Annual report on the mental hospital in the Central Provinces and Berar (Nagpur) - 1927-1951
Year: 1927
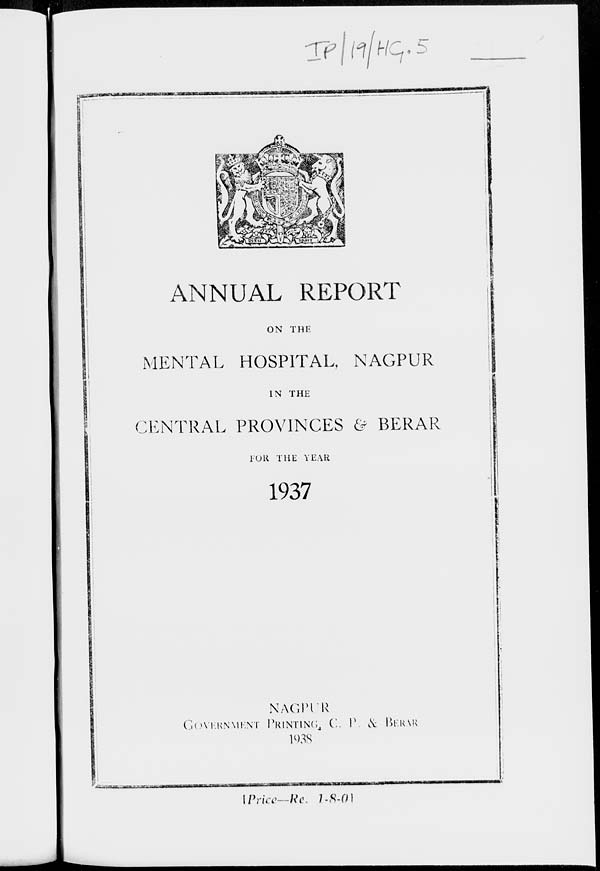
ANNUAL REPORT
ON THE
MENTAL HOSPITAL, NAGPUR
IN THE
CENTRAL PROVINCES & BERAR
FOR THE YEAR
1937
NAGPUR
GOVERNMENT PRINTING, C. P. & BERAR
1938
[Price—Re. 1-8-01